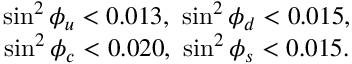
\begin{array} { c c } { { \sin ^ { 2 } \phi _ { u } < 0 . 0 1 3 , \ \sin ^ { 2 } \phi _ { d } < 0 . 0 1 5 , } } \\ { { \sin ^ { 2 } \phi _ { c } < 0 . 0 2 0 , \ \sin ^ { 2 } \phi _ { s } < 0 . 0 1 5 . } } \end{array}